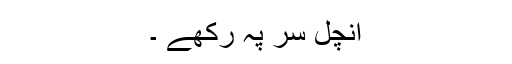
آنچل سر پہ رکھے ۔